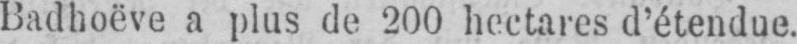
Badhoëve a plus de 200 hectares d’étendue.